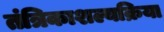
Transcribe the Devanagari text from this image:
तंत्रिकाशल्यक्रिया